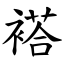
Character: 褡